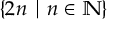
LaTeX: \{ 2 n \mid n \in \mathbb { N } \}